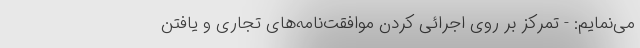
می‌نمایم: - تمرکز بر روی اجرائی کردن موافقت‌نامه‌های تجاری و یافتن